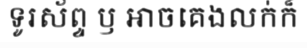
ទូរស័ព្ទ ឫ អាចគេងលក់ក៏